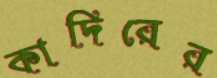
কাদিরের